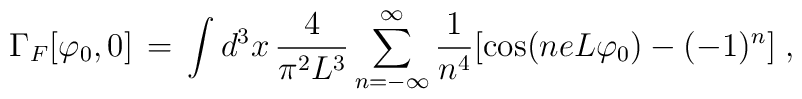
\Gamma_F[\varphi_0, 0]\,=\, \int d^3x\, \frac{4}{\pi^2 L^3}\sum_{n=-\infty}^{\infty} \frac{1}{n^4} [\cos(n e L \varphi_0) -(-1)^n ] \;,